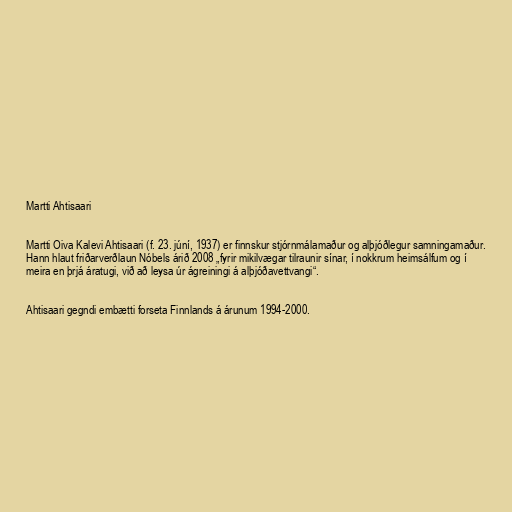
Martti Ahtisaari

Martti Oiva Kalevi Ahtisaari (f. 23. júní, 1937) er finnskur stjórnmálamaður og alþjóðlegur samningamaður.
Hann hlaut friðarverðlaun Nóbels árið 2008 „fyrir mikilvægar tilraunir sínar, í nokkrum heimsálfum og í
meira en þrjá áratugi, við að leysa úr ágreiningi á alþjóðavettvangi“.

Ahtisaari gegndi embætti forseta Finnlands á árunum 1994-2000.